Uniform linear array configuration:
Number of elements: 8
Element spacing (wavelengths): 1
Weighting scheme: blackman
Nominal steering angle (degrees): -45
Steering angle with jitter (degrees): -46.906
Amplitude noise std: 0.05
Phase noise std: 0.05

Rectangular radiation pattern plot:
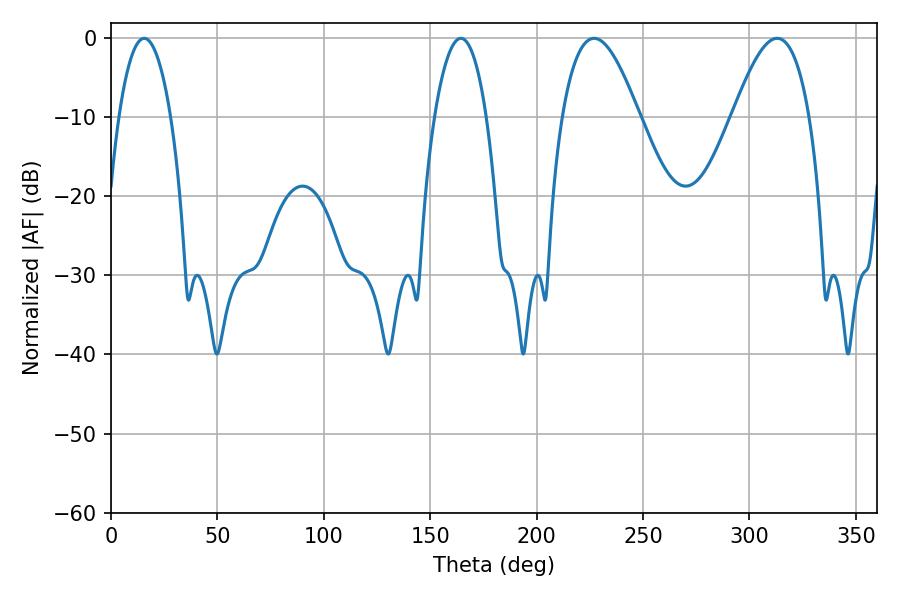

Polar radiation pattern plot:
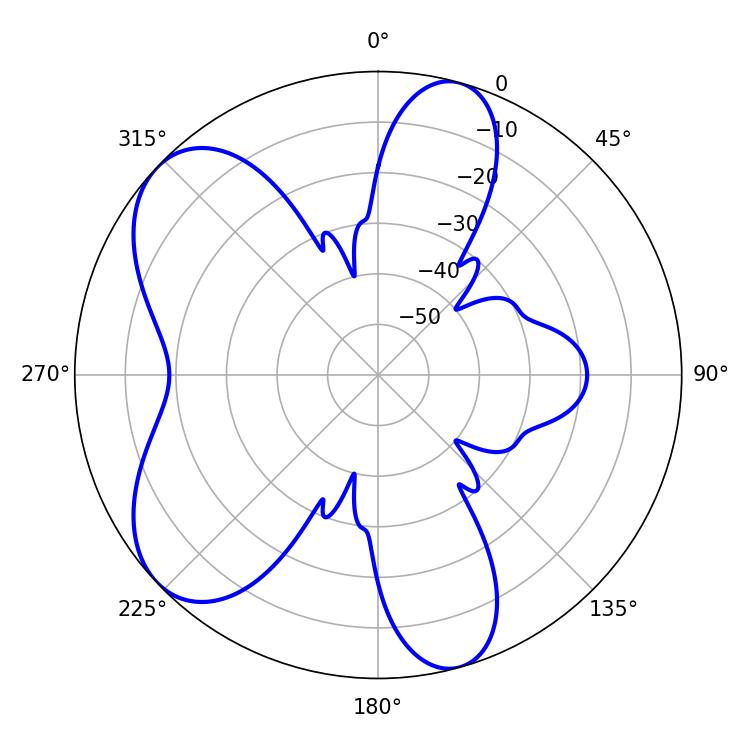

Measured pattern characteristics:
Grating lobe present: TRUE
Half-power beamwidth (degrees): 19.62
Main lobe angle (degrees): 226.98